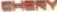
人民